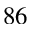
^ { 8 6 }